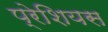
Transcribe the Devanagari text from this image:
प्रेशियस